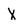
Character: X